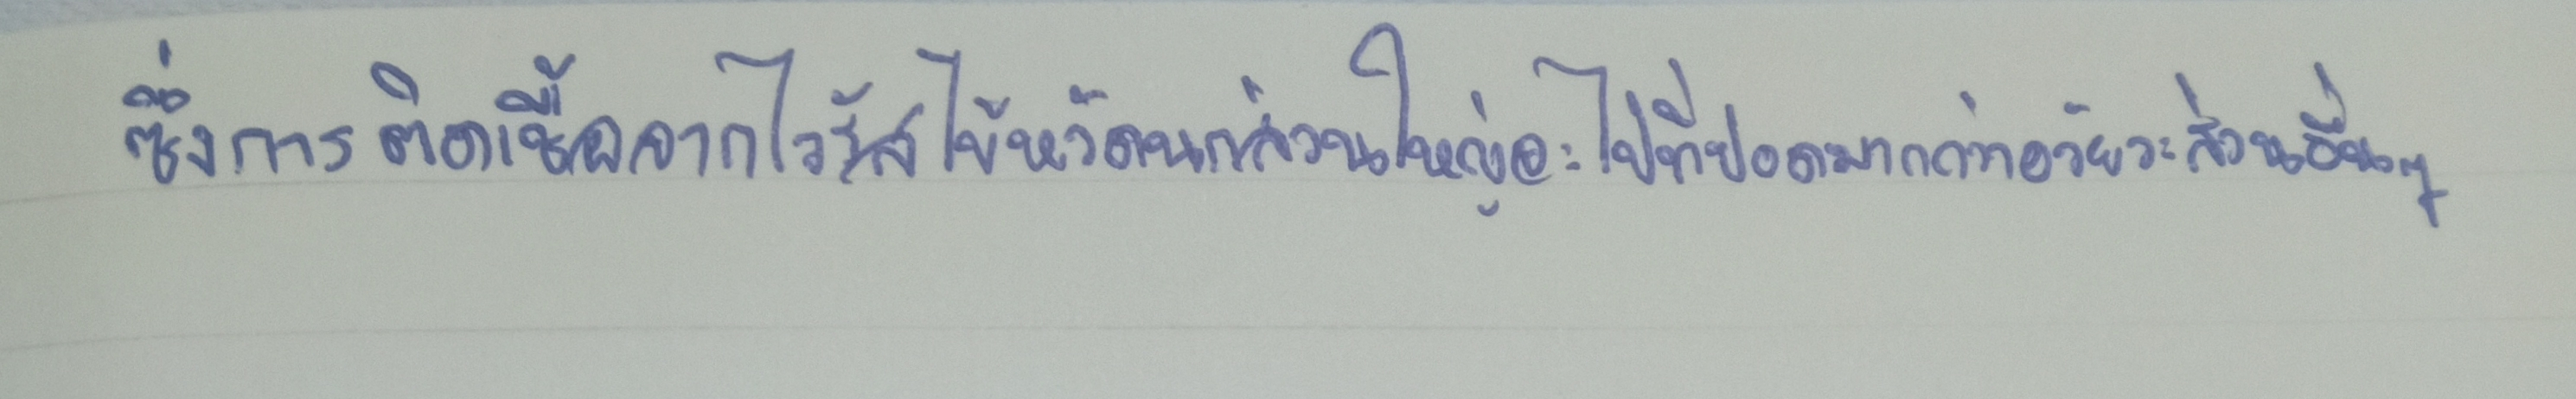
ซึ่งการติดเชื้อจากไวรัสไข้หวัดนกส่วนใหญ่จะไปที่ปอดมากกว่าอวัยวะส่วนอื่นๆ